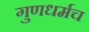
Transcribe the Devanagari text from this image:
गुणधर्मच